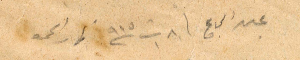
عبد الحاج في ٨ تشرين الأول ١٩١٥ نهار الجمعة